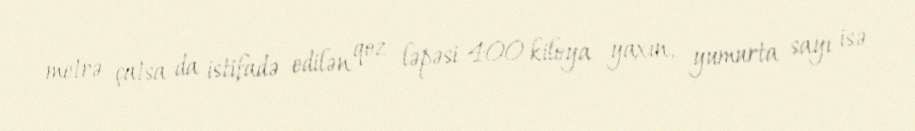
metrə çatsa da istifadə edilən qoz ləpəsi 400 kiloya yaxın, yumurta sayı isə